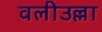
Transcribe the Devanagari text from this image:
वलीउल्ला